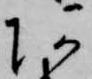
あ